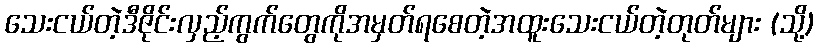
သေးငယ်တဲ့ဒီဇိုင်းလှည့်ကွက်တွေကိုအမှတ်ရစေတဲ့အထူးသေးငယ်တဲ့တုတ်များ (သို့)